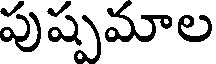
పుష్పమాల